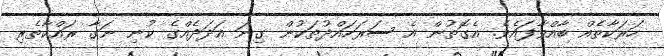
ހަރަކާތެއް ބާއްވާފައެވެ. އެގޮތުން އެ ސަރަހައްދުތަކުން ގިނަ އަދަދެއްގެ ކުނި ނަގާ ރައްކާތެރި